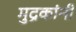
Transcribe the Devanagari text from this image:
मुद्रकांनी